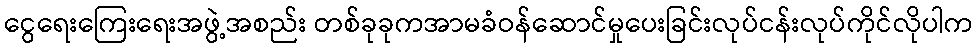
ငွေရေးကြေးရေးအဖွဲ့အစည်း တစ်ခုခုကအာမခံဝန်ဆောင်မှုပေးခြင်းလုပ်ငန်းလုပ်ကိုင်လိုပါက